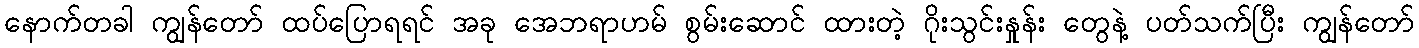
နောက်တခါ ကျွန်တော် ထပ်ပြောရရင် အခု အေဘရာဟမ် စွမ်းဆောင် ထားတဲ့ ဂိုးသွင်းနှုန်း တွေနဲ့ ပတ်သက်ပြီး ကျွန်တော်